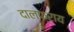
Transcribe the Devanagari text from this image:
दालफ्राय